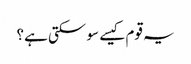
یہ قوم کیسے سو سکتی ہے؟